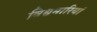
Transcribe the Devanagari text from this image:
विश्वमारियां